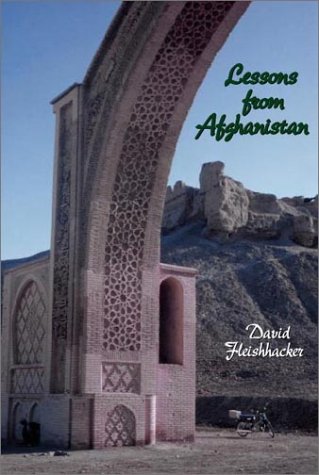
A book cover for Lessons from Afghanistan; David Fleishhacker; Travel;